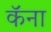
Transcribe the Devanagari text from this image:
कॅना